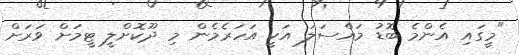
"މީގައި އެންމެ ބޮޑު މައްސަލަ އަކީ އަހަރެމެން މި ދޫކޮށްލީ ޓީމަށް ވަރަށް